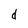
Character: d